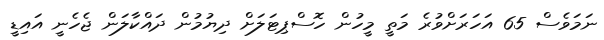
ނަމަވެސް 65 އަހަރަށްވުރެ މަތީ މީހުން ހޮސްޕިޓަލަށް ދިޔުމުން ދައްކާލަން ޖެހެނީ އައިޑީ